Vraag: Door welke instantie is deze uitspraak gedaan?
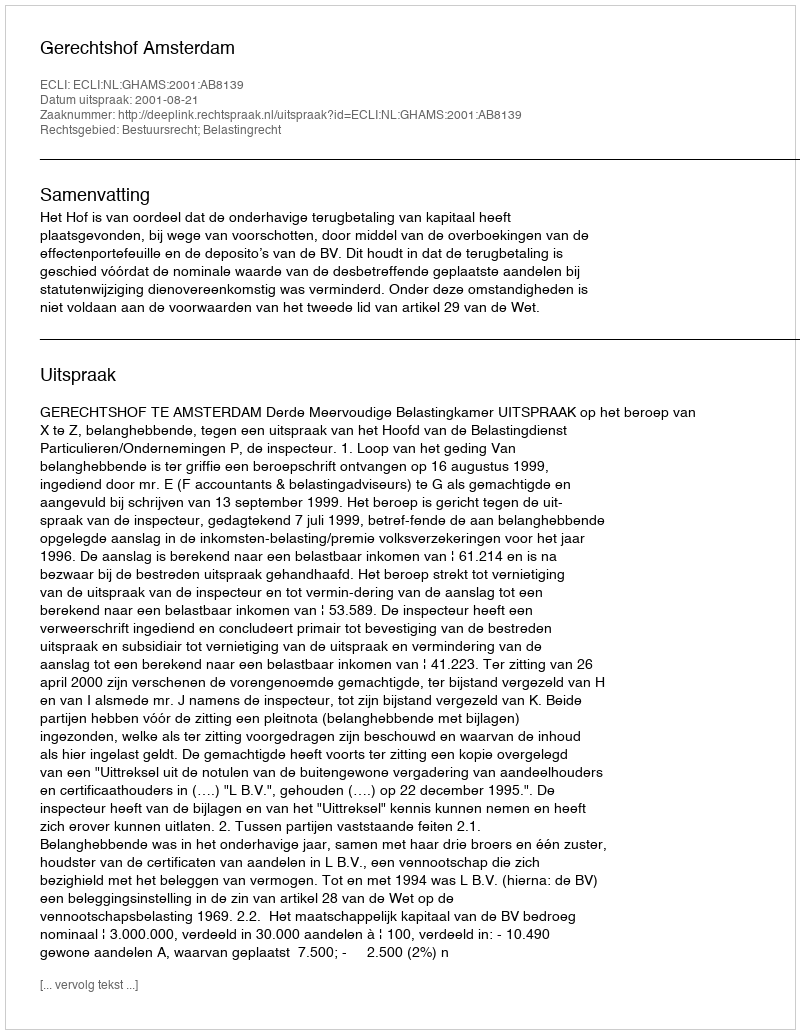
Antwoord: Gerechtshof Amsterdam